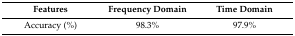
<table><thead><tr><td><b>Features</b></td><td><b>Frequency Domain</b></td><td><b>Time Domain</b></td></tr></thead><tbody><tr><td>Accuracy (%)</td><td>98.3%</td><td>97.9%</td></tr></tbody></table>